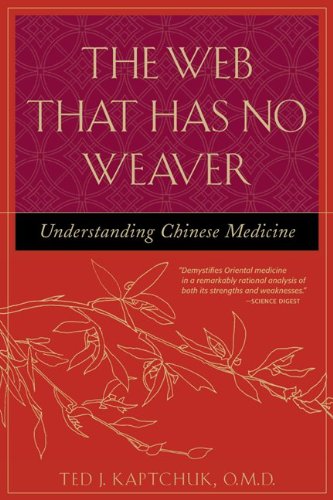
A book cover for The Web That Has No Weaver : Understanding Chinese Medicine; Ted Kaptchuk; Medical Books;